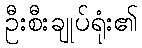
ဦးစီးချုပ်ရုံး၏